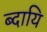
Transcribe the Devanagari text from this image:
ब्दायि